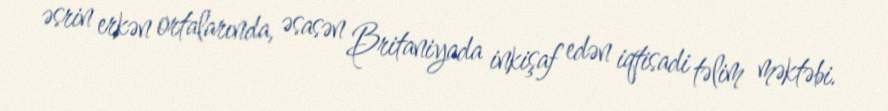
əsrin erkən ortalarında, əsasən Britaniyada inkişaf edən iqtisadi təlim məktəbi.